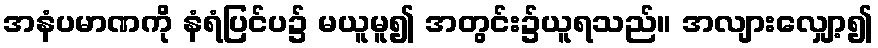
အနံပမာဏကို နံရံပြင်ပ၌ မယူမူ၍ အတွင်း၌ယူရသည်။ အလျားလျှော့၍